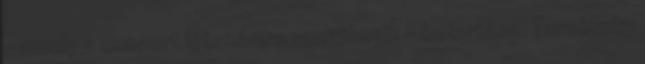
- amely a csoport létszámra vonatkozik - betartása. Tarnóczky